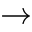
\rightarrow